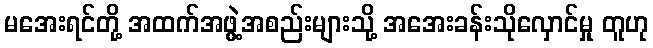
မအေးရင်တို့ အထက်အဖွဲ့အစည်းများသို့ အအေးခန်းသိုလှောင်မှု တူဟု